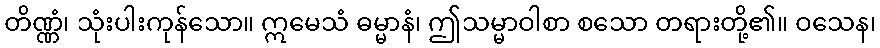
တိဏ္ဏံ၊ သုံးပါးကုန်သော။ ဣမေသံ ဓမ္မာနံ၊ ဤသမ္မာဝါစာ စသော တရားတို့၏။ ဝသေန၊